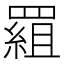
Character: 𦋽